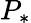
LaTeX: P_{*}